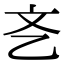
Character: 㐎